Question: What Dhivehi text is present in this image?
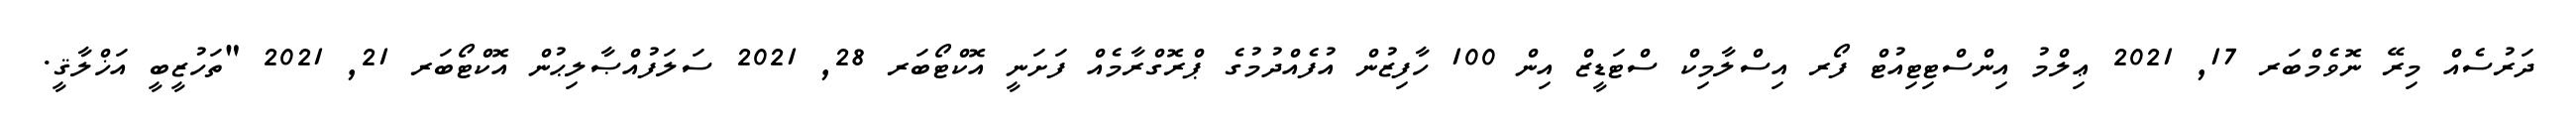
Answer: ދަރުސެއް މިރޭ ނޮވެމްބަރ 17, 2021 ޢިލްމު އިންސްޓިޓިއުޓް ފޯރ އިސްލާމިކް ސްޓަޑީޒް އިން 100 ހާފިޒުން އުފެއްދުމުގެ ޕްރޮގްރާމެއް ފަށަނީ އޮކްޓޯބަރ 28, 2021 ސަލަފުއްޞާލިޙުން އޮކްޓޯބަރ 21, 2021 "ތަހުޒީބީ އަޚްލާޤީ.